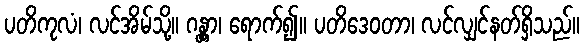
ပတိကုလံ၊ လင်အိမ်သို့။ ဂန္တွာ၊ ရောက်၍။ ပတိဒေဝတာ၊ လင်လျှင်နတ်ရှိသည်။